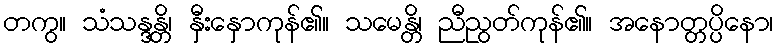
တကွ။ သံသန္ဒန္တိ၊ နှီးနှောကုန်၏။ သမေန္တိ၊ ညီညွတ်ကုန်၏။ အနောတ္တပ္ပိနော၊